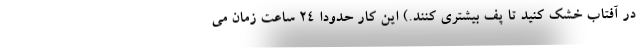
در آفتاب خشک کنید تا پف بیشتری کنند.) این کار حدودا ۲۴ ساعت زمان می